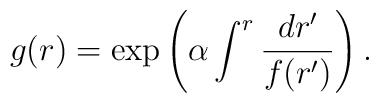
g(r) = \exp\left( \alpha \int^r {dr'\over f(r')} \right).